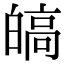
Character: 皜